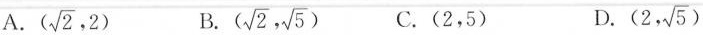
A.(\sqrt{2},2) B.(\sqrt{2}, \sqrt{5}) C.(2，5) D. (2, \sqrt{5})